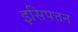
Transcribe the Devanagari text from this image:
इसिपत्तन